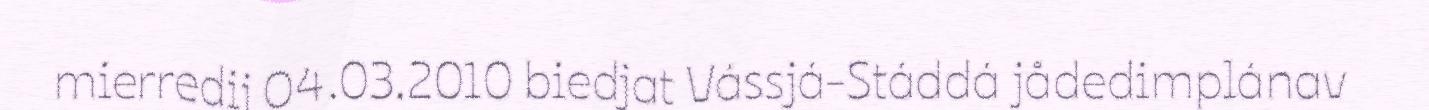
mierredij 04.03.2010 biedjat Vássjá-Stáddá jådedimplánav